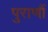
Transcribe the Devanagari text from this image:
पुराणौं